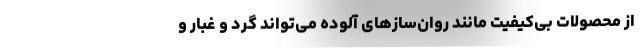
از محصولات بی‌کیفیت مانند روان‌سازهای آلوده می‌تواند گرد و غبار و